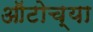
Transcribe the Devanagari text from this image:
ऑटोच्या